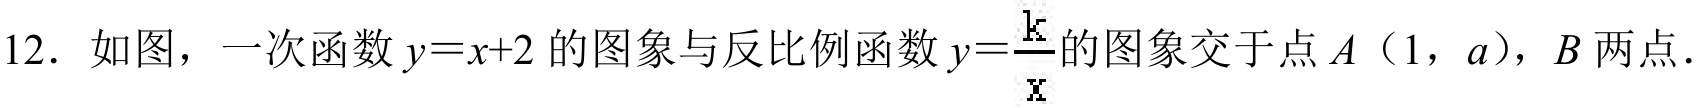
12. 如图，一次函数 \(y = x + 2\) 的图象与反比例函数 \(y=\frac{k}{x}\) 的图象交于点 \(A\)（1，\(a\)），\(B\) 两点．